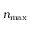
n _ { \mathrm { m a x } }